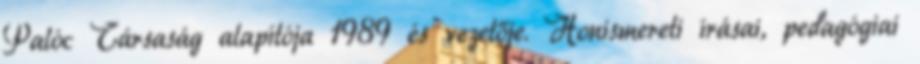
Palóc Társaság alapítója 1989 és vezetője. Honismereti írásai, pedagógiai